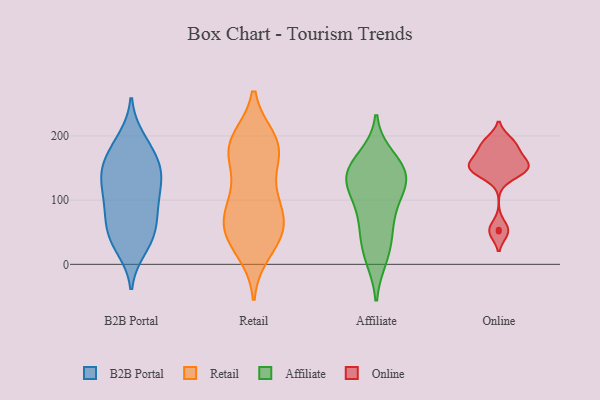
{"axis": {"x": "LTV (USD)", "y": "Value"}, "legend": ["Affiliate", "B2B Portal", "Online", "Retail"], "data": [{"x": "", "y": 142, "type": "B2B Portal"}, {"x": "", "y": 158, "type": "B2B Portal"}, {"x": "", "y": 149, "type": "B2B Portal"}, {"x": "", "y": 191, "type": "B2B Portal"}, {"x": "", "y": 111, "type": "B2B Portal"}, {"x": "", "y": 140, "type": "B2B Portal"}, {"x": "", "y": 196, "type": "B2B Portal"}, {"x": "", "y": 116, "type": "B2B Portal"}, {"x": "", "y": 34, "type": "B2B Portal"}, {"x": "", "y": 36, "type": "B2B Portal"}, {"x": "", "y": 52, "type": "B2B Portal"}, {"x": "", "y": 74, "type": "B2B Portal"}, {"x": "", "y": 24, "type": "B2B Portal"}, {"x": "", "y": 174, "type": "B2B Portal"}, {"x": "", "y": 157, "type": "B2B Portal"}, {"x": "", "y": 82, "type": "B2B Portal"}, {"x": "", "y": 128, "type": "B2B Portal"}, {"x": "", "y": 101, "type": "B2B Portal"}, {"x": "", "y": 50, "type": "B2B Portal"}, {"x": "", "y": 80, "type": "B2B Portal"}, {"x": "", "y": 21, "type": "Retail"}, {"x": "", "y": 183, "type": "Retail"}, {"x": "", "y": 64, "type": "Retail"}, {"x": "", "y": 42, "type": "Retail"}, {"x": "", "y": 45, "type": "Retail"}, {"x": "", "y": 177, "type": "Retail"}, {"x": "", "y": 46, "type": "Retail"}, {"x": "", "y": 176, "type": "Retail"}, {"x": "", "y": 60, "type": "Retail"}, {"x": "", "y": 97, "type": "Retail"}, {"x": "", "y": 91, "type": "Retail"}, {"x": "", "y": 177, "type": "Retail"}, {"x": "", "y": 189, "type": "Retail"}, {"x": "", "y": 126, "type": "Retail"}, {"x": "", "y": 86, "type": "Retail"}, {"x": "", "y": 193, "type": "Retail"}, {"x": "", "y": 143, "type": "Affiliate"}, {"x": "", "y": 52, "type": "Affiliate"}, {"x": "", "y": 21, "type": "Affiliate"}, {"x": "", "y": 118, "type": "Affiliate"}, {"x": "", "y": 11, "type": "Affiliate"}, {"x": "", "y": 165, "type": "Affiliate"}, {"x": "", "y": 145, "type": "Affiliate"}, {"x": "", "y": 122, "type": "Affiliate"}, {"x": "", "y": 93, "type": "Affiliate"}, {"x": "", "y": 141, "type": "Affiliate"}, {"x": "", "y": 66, "type": "Affiliate"}, {"x": "", "y": 141, "type": "Affiliate"}, {"x": "", "y": 183, "type": "Online"}, {"x": "", "y": 51, "type": "Online"}, {"x": "", "y": 145, "type": "Online"}, {"x": "", "y": 152, "type": "Online"}, {"x": "", "y": 146, "type": "Online"}, {"x": "", "y": 166, "type": "Online"}, {"x": "", "y": 188, "type": "Online"}, {"x": "", "y": 155, "type": "Online"}, {"x": "", "y": 141, "type": "Online"}, {"x": "", "y": 192, "type": "Online"}, {"x": "", "y": 161, "type": "Online"}, {"x": "", "y": 54, "type": "Online"}]}